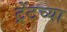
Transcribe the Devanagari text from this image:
ट्रेंटच्या